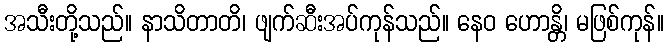
အသီးတို့သည်။ နာသိတာတိ၊ ဖျက်ဆီးအပ်ကုန်သည်။ နေဝ ဟောန္တိ၊ မဖြစ်ကုန်။